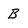
Character: b